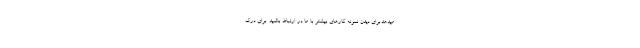
میدهد.برای دیدن نمونه کارهای بیشتر با ما در ارتباط باشید. برای درک